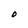
Character: O